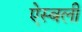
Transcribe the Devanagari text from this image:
ऐस्बली